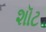
શૉટ